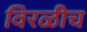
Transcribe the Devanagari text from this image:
विरळीच